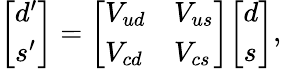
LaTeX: {\left[\begin{array}{l}{d^{\prime}}\\ {s^{\prime}}\end{array}\right]}={\left[\begin{array}{ll}{V_{ud}}&{V_{us}}\\ {V_{cd}}&{V_{cs}}\end{array}\right]}{\left[\begin{array}{l}{d}\\ {s}\end{array}\right]},